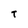
Character: T